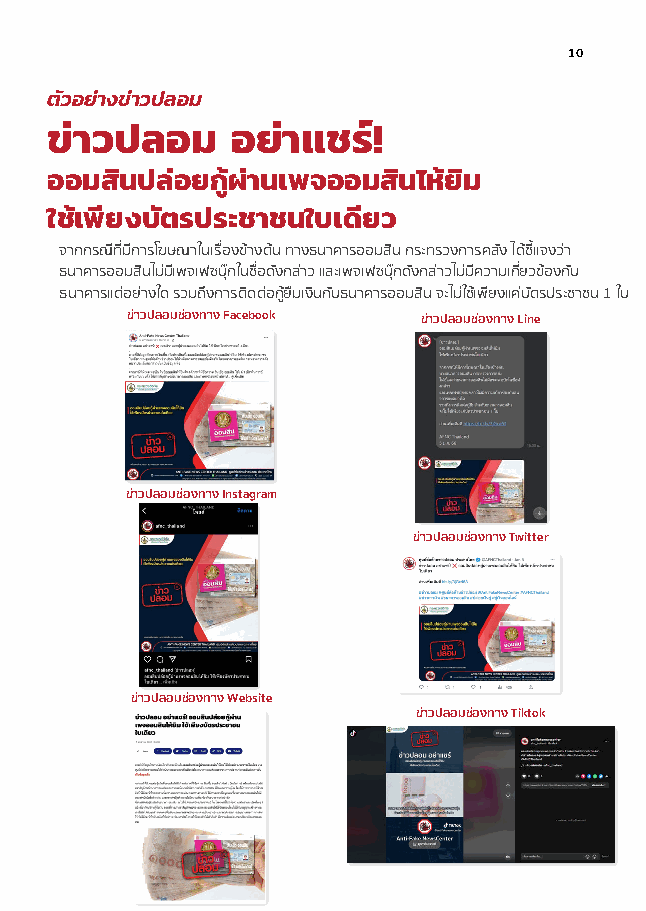
10
 ตัวอย่างข่าวปลอม
 ข่าวปลอม    อย่าแชร์!
 ออมสินปล่อยกู้ผ่านเพจออมสินไห้ยิม
 ใช้เพียงบัตรประชาชนใบเดียว
 จากกรณีที่มีการโฆษณาในเรื่องขางตน ทางธนาคารออมสิน กระทรวงการคลัง ไดชี้แจงวา
 ธนาคารออมสินไมมีเพจเฟซบุกในชื่อดังกลาว และเพจเฟซบุกดังกลาวไมมีความเกี่ยวของกับ
 ธนาคารแตอยางใด รวมถึงการติดตอกูยืมเงินกับธนาคารออมสิน จะไมใชเพียงแคบัตรประชาชน 1 ใบ
 ขาวปลอมชองทาง Facebook ขาวปลอมชองทาง Line
 ขาวปลอมชองทาง Instagram
 ขาวปลอมชองทาง Twitter
 ขาวปลอมชองทาง Website
 ขาวปลอมชองทาง Tiktok